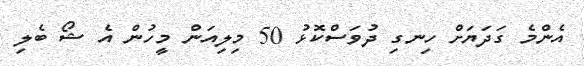
އެންމެ ގަދަޔަށް ހިނގި ދުވަސްކޮޅު 50 މިލިއަން މީހުން އެ ޝޯ ބެލި